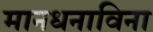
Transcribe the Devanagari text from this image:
मानधनाविना